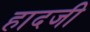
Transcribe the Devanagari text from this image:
हादजी